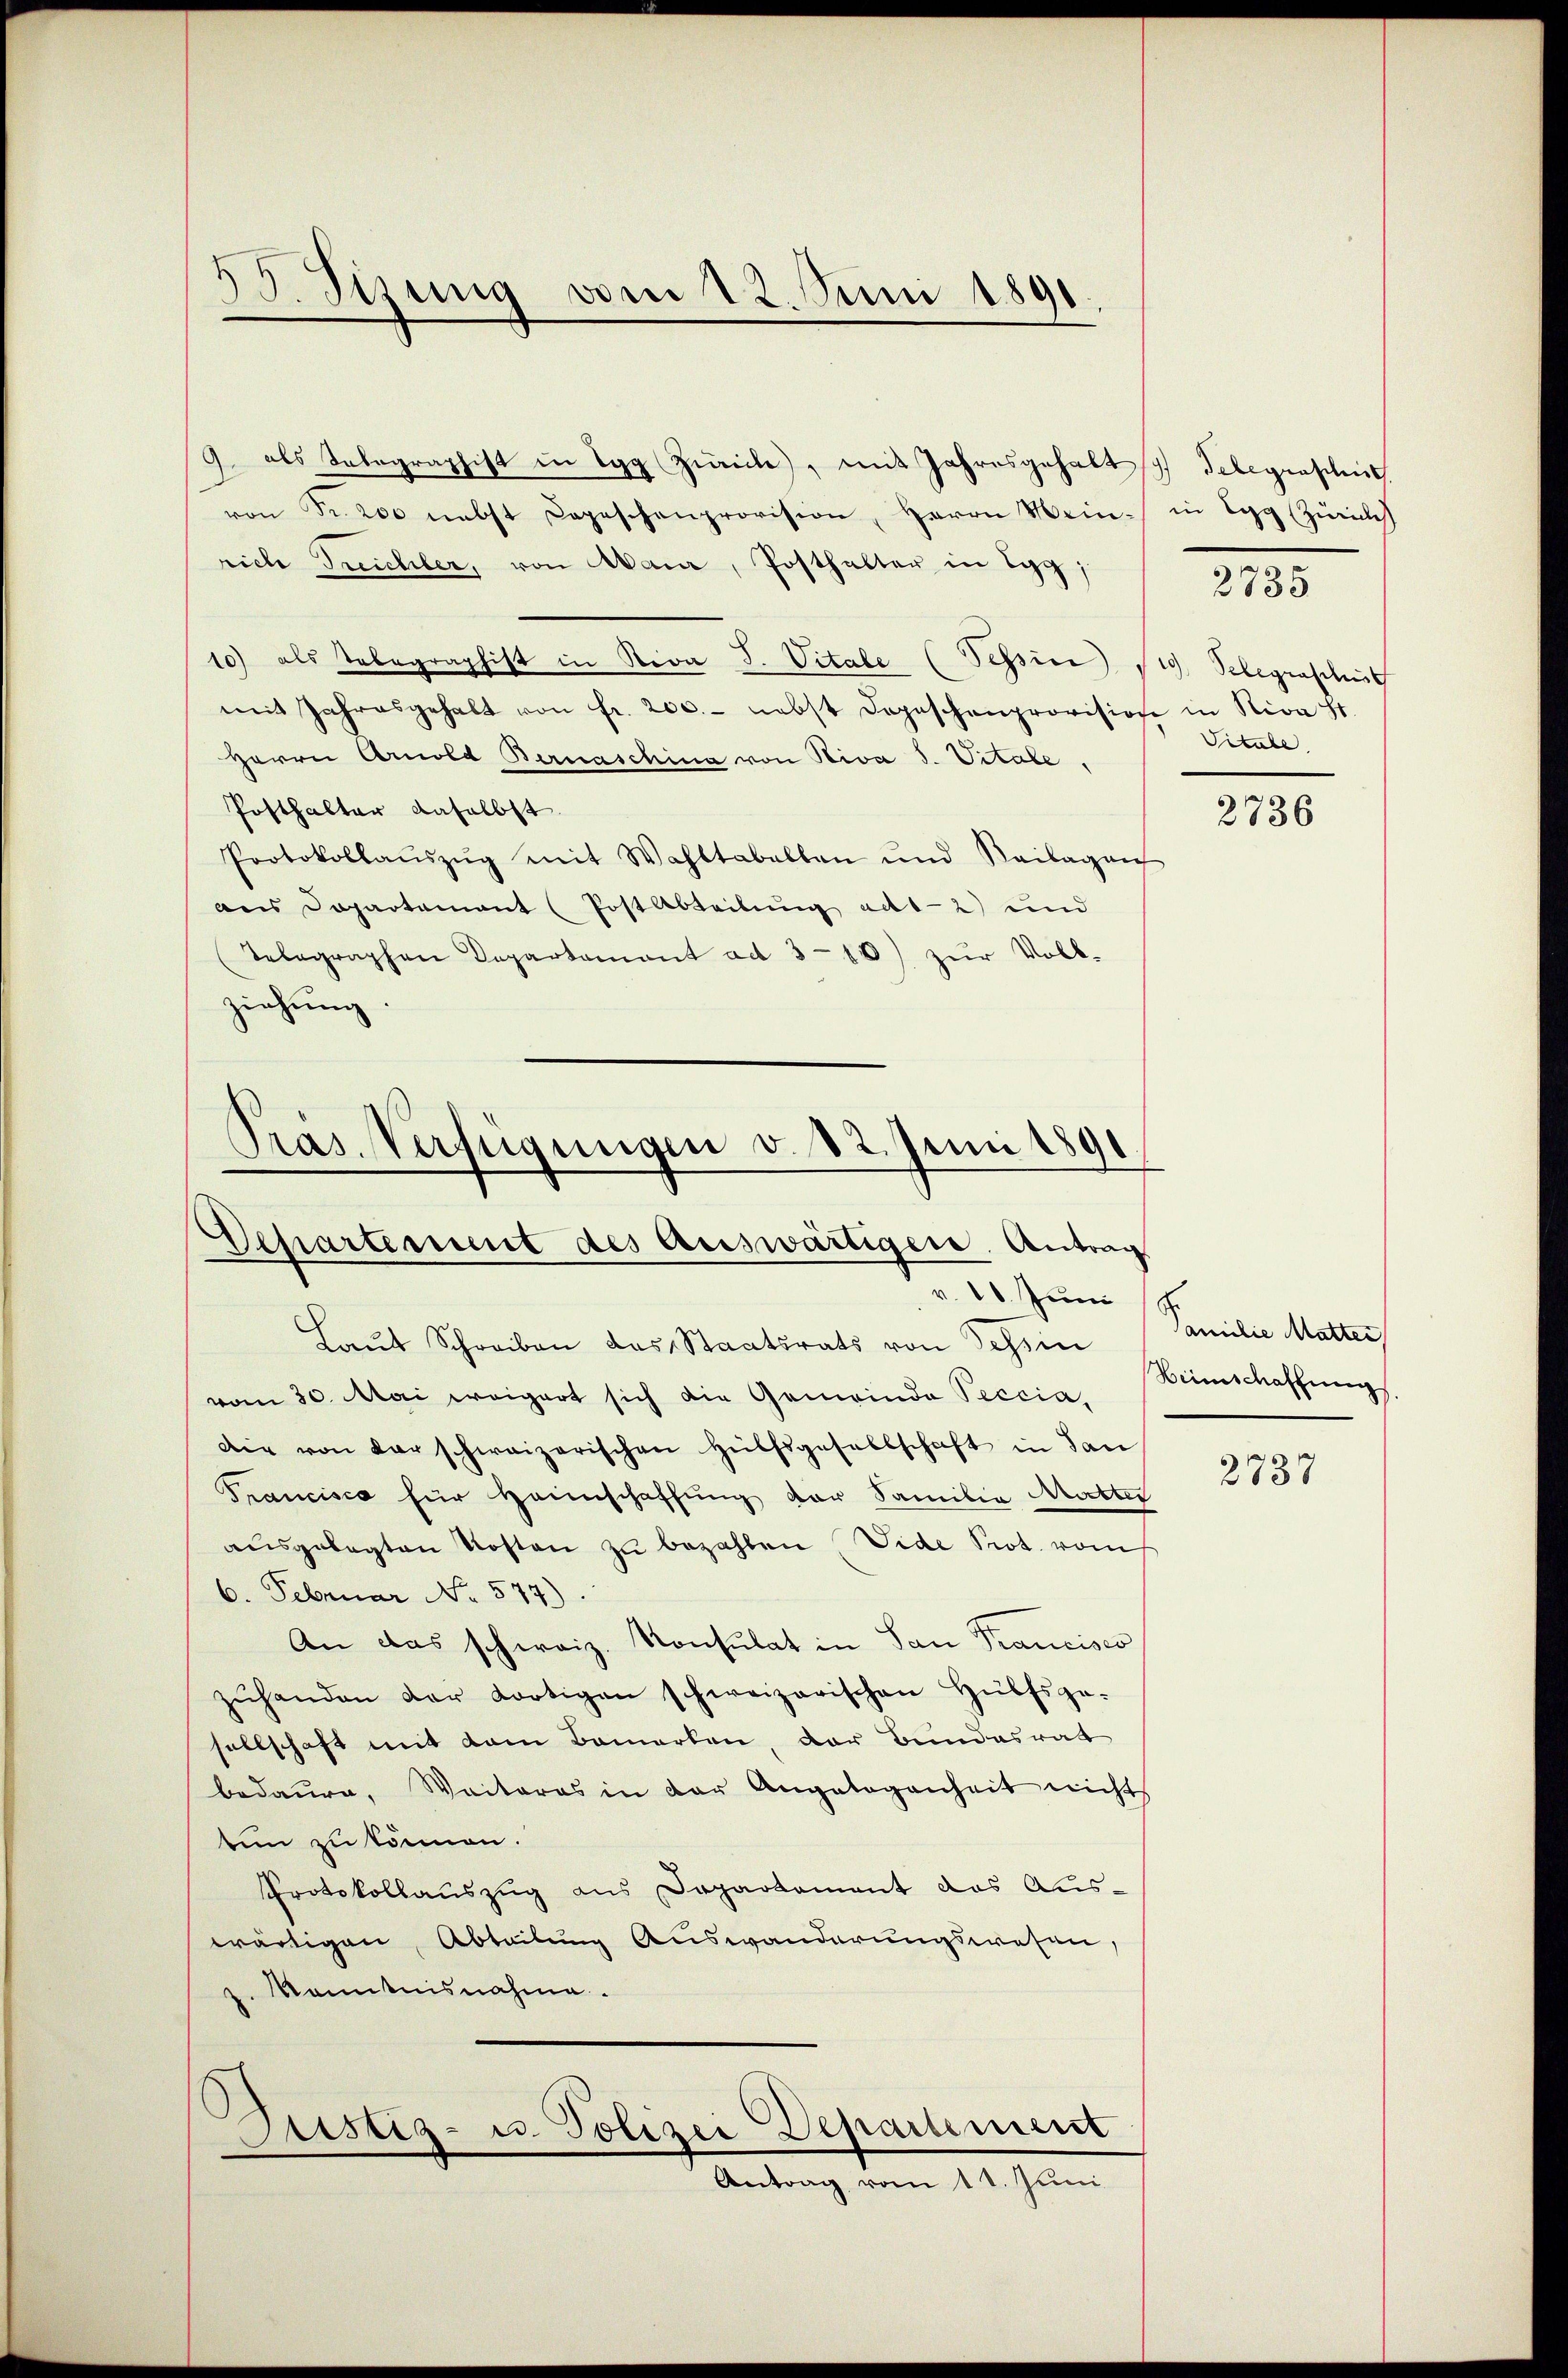
S. Tizung vom 12. Juni 1891

9. als Telegraphist in Egg Zürich, mit Jahresgehalt Telegrascheit
von Fr. 200 nebst Depeschenprovision, Herrn Mein in Egg (Zürich
rich Treichler, von Maur, Posthalter in Egg,
10) als Telegraphist in Riva J. Vitale (Tessin sich Belegraschust
mit Jahresgehalt von fr. 200.- nebst dopeschenprovision in Nica St.
Herrn Arnold Bernaschina von Niva d. Vitale,
Posthalter daselbst
Protokollaŭszŭg mit Wahltabellen und Beilagen
aus Dopartement (Post Abteilung ad1.- 2) und
Telegraphen Departamant ad 3 - 10) zŭr Voll-
ziehung.

Präs. Verfügungen v. 82. Juni 1891.
Departement des Auswärtigen. Antrag

v. 10. Juni
Laut Schreiben das Staatsrats von Schein
vom 30. Mai weigert sich die Gemeinde Peccia,
Die von darschweizerischen Hülfsgesellschaft in San
Prancisco für Heimschaffung der Familie Mutter
aŭsgelegten Kosten zŭ bezahlen Vide Prot. vom
6. Februar No. 577).
An das schweiz. Konsulat in San Francisco
zŭhanden der dortigen schweizerischen Hülfsge-
sellschaft mit dem Bemerken, der Bundesrat
bedaure, Weiteres in der Angelegenheit nicht
ten zu können.
Protokollauszug aus Departament das Aus-
wärtigen, Abteilung Auswanderungswesen,
p. Kenntnisnahme.
Justiz- u. Polizei Departement
Antrag vom 11. Juni

2735

Vitale

2736

Familie Mutter
Heimschaffung.

2737